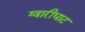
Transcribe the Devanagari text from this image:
ग्वारीघाट